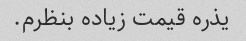
یذره قیمت زیاده بنظرم.